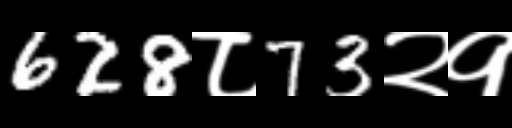
Text: 628८73२१